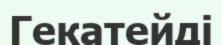
Гекатейді